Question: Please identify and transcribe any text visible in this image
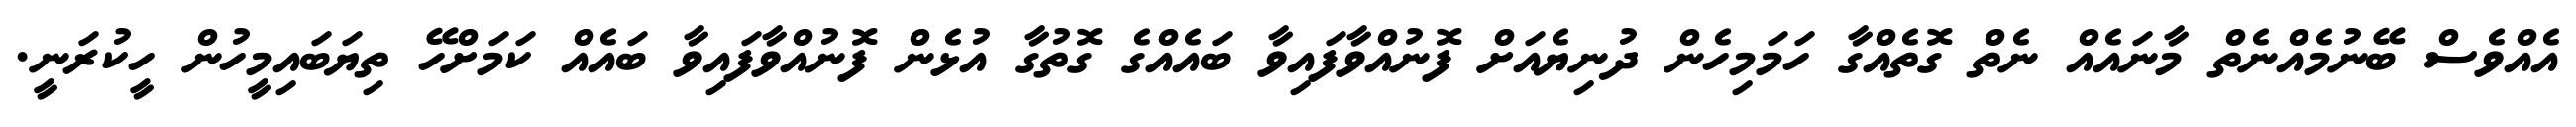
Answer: އެއްވެސް ބޭނުމެއްނެތް މާނައެއް ނެތް ގޮތެއްގާ ހަމަމިހެން ދުނިޔެއަށް ފޮނުއްވާފައިވާ ބައެއްގެ ގޮތުގާ އުޅެން ފޮނުއްވާފައިވާ ބައެއް ކަމަށްހޭ ތިޔަބައިމީހުން ހީކުރަނީ.